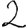
Digit: 2